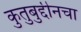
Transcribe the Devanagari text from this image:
कुतुबुद्दीनचा